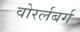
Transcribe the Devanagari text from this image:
वोरर्लबर्ग